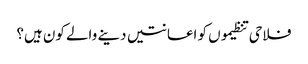
فلاحی تنظیموں کو اعانتیں دینے والے کون ہیں؟